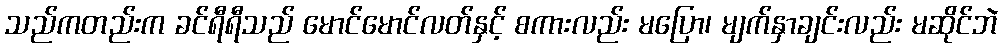
သည်ကတည်းက ခင်ရီရီသည် မောင်မောင်လတ်နှင့် စကားလည်း မပြော၊ မျက်နှာချင်းလည်း မဆိုင်ဘဲ